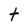
Character: t